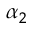
\alpha _ { 2 }